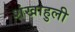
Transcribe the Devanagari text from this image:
शंखाहुली